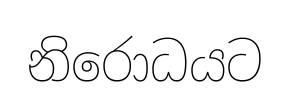
නිරොධයට